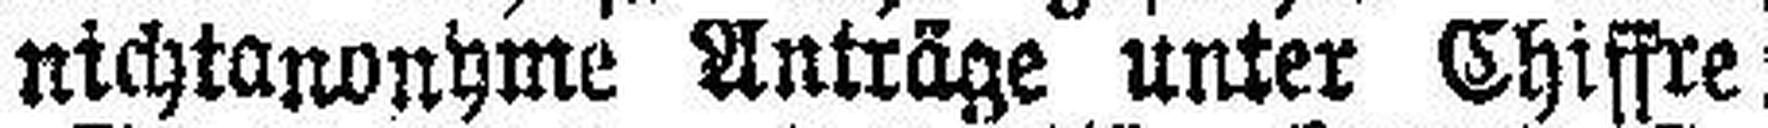
nichtanonhme Anträge unter Chiffre